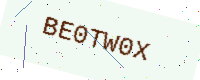
Text: BE0TW0X